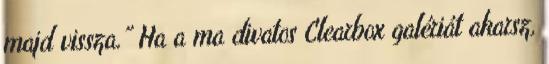
majd vissza.” Ha a ma divatos Clearbox galériát akarsz,